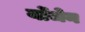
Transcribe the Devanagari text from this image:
र्योजेन